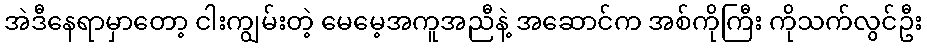
အဲဒီနေရာမှာတော့ ငါးကျွမ်းတဲ့ မေမေ့အကူအညီနဲ့ အဆောင်က အစ်ကိုကြီး ကိုသက်လွင်ဦး